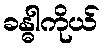
ခန္ဓါကိုယ်